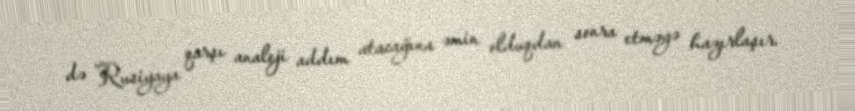
də Rusiyaya qarşı analoji addım atacağına əmin olduqdan sonra etməyə hazırlaşır.